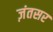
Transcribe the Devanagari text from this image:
ज़ंतसर